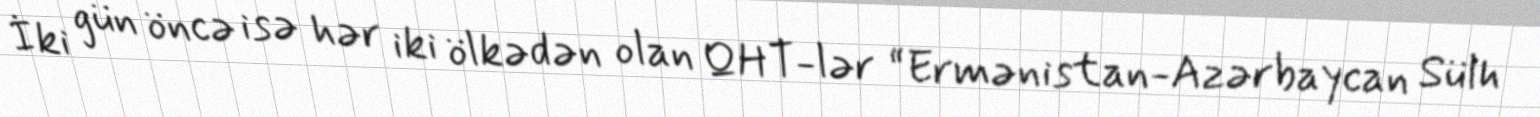
İki gün öncə isə hər iki ölkədən olan QHT-lər “Ermənistan-Azərbaycan Sülh